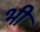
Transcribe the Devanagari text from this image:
भी